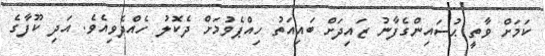
ކަމަށް ވާތީ ޙުސައިންގެފާނު ޒައިދަށް ބައިއަތު ހިއްޕެވުމަށް ދެކޮލު ހެއްދެވިއެވެ. އަދި ކޫފާގެ